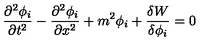
\frac { \partial ^ { 2 } \phi _ { i } } { \partial t ^ { 2 } } - \frac { \partial ^ { 2 } \phi _ { i } } { \partial x ^ { 2 } } + m ^ { 2 } \phi _ { i } + \frac { \delta W } { \delta \phi _ { i } } = 0